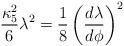
\begin{align*}{\kappa_5^2\over6} \lambda^2 = {1\over8} \left( {d\lambda \over d\phi} \right)^2\end{align*}